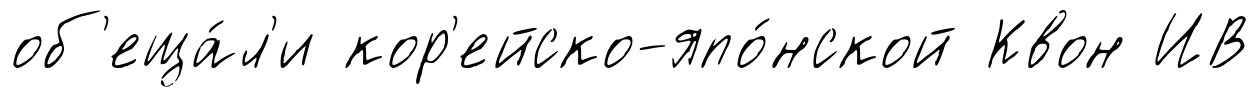
об'еща́л'и кор'ейско-япо́нской Квон ИВ